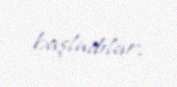
başladılar.